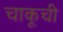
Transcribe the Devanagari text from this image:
चाकूची